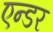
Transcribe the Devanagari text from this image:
एन्डर